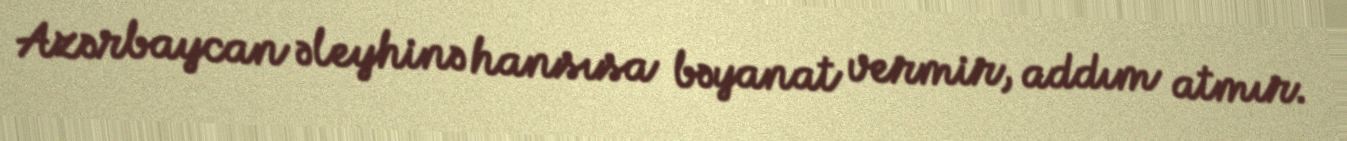
Azərbaycan əleyhinə hansısa bəyanat vermir, addım atmır.